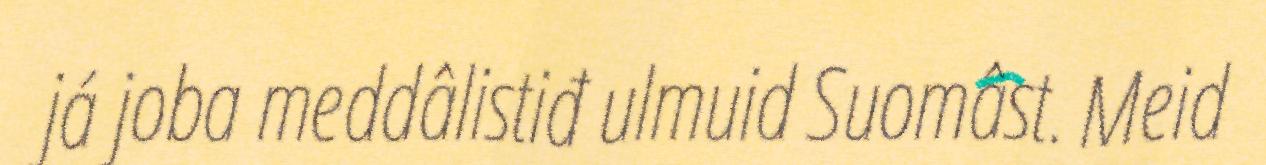
já joba meddâlistiđ ulmuid Suomâst. Meid